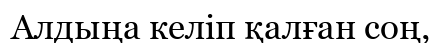
Алдыңа келіп қалған соң,